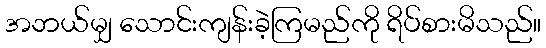
အဘယ်မျှ သောင်းကျန်းခဲ့ကြမည်ကို ရိပ်စားမိသည်။